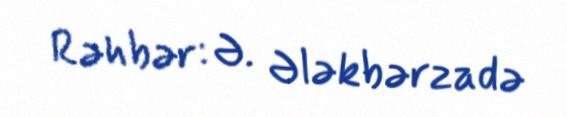
Rəhbər: Ə. Ələkbərzadə